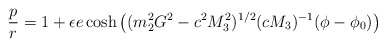
\begin{align*}\frac{p}{r} = 1 + \epsilon e \cosh \left( (m_{2}^{2} G^{2} - c^{2} M_{3}^{2})^{1/2} (cM_{3})^{- 1}(\phi - \phi_{0} )\right)\end{align*}